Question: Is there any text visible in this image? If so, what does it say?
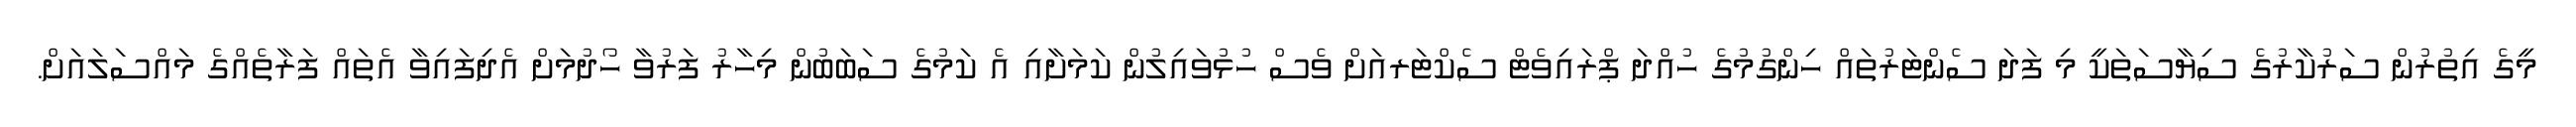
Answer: މީގެ އިތުރުން ސަރުކާރުގެ ސިޔާސަތަކީ މި ފަދަ ސެންޓަރުތައް ހިންގުމުގެ ހުއްދަ ޕްރައިވެޓް ސެކްޓަރއަށް ވެސް ހުޅުވައިލުން ކަމަށާއި އެ ކަމުގެ ސަބަބުން މިހާރު ފަރުވާ ހޯދުމަށް އެދިފައިވާ އެތައް ފަރާތެއްގެ މައްސަލައަށް.